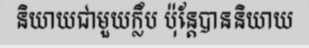
និយាយជាមួយក្លឹប ប៉ុន្តែបាននិយាយ